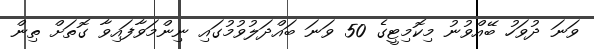
ވަނަ ދުވަހު ބޭއްވުނު މިކޮމިޓީގެ 50 ވަނަ ބައްދަލުވުމުގައި ނިންމަަވާފައިވާ ގޮތަށް ތިން